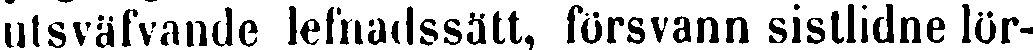
utsväfvande lefnadssätt, försvann sistlidne lör-